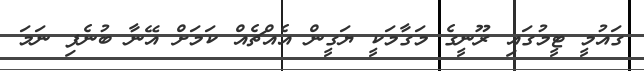
ގައުމީ ޓީމުގައި ރޫނީގެ މަގާމަކީ ޔަގީން އެއްޗެއް ކަމަށް އޭނާ ބުނެފި ނަމަ